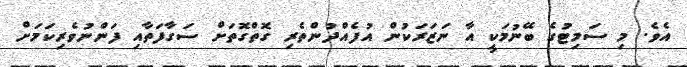
އެވެ. މި ސަމިޓުގެ ބޭނުމަކީ އާ ނަަޒަރަކުން އުފެއްދުންތެރި ގޮތްގޮތަށް ސަގާފަތާއި ފަންނުވެރިކަމަށް